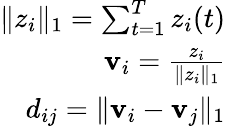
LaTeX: \begin{array}{r}{\| z_{i}\| _{1}=\sum_{t=1}^{T}z_{i}(t)}\\ {\mathbf{v}_{i}=\frac{z_{i}}{\| z_{i}\| _{1}}}\\ {d_{ij}=\| \mathbf{v}_{i}-\mathbf{v}_{j}\| _{1}}\end{array}